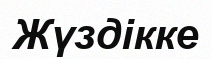
Жүздікке